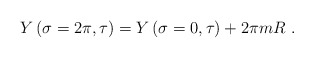
\begin{align*}Y\left( \sigma = 2\pi , \tau \right) = Y\left( \sigma = 0, \tau\right) +2\pi m R\ .\end{align*}